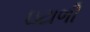
ઇટાળી